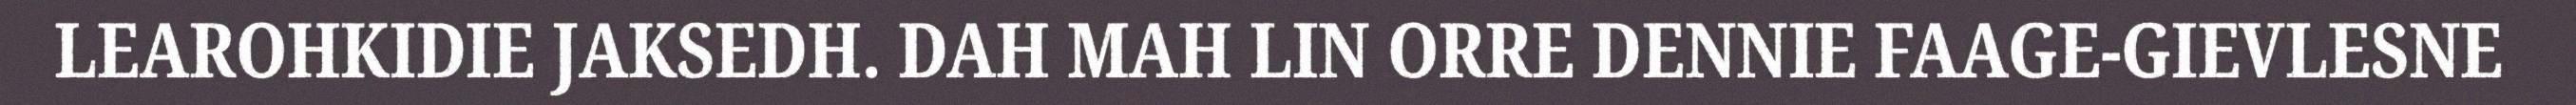
LEAROHKIDIE JAKSEDH. DAH MAH LIN ORRE DENNIE FAAGE-GIEVLESNE